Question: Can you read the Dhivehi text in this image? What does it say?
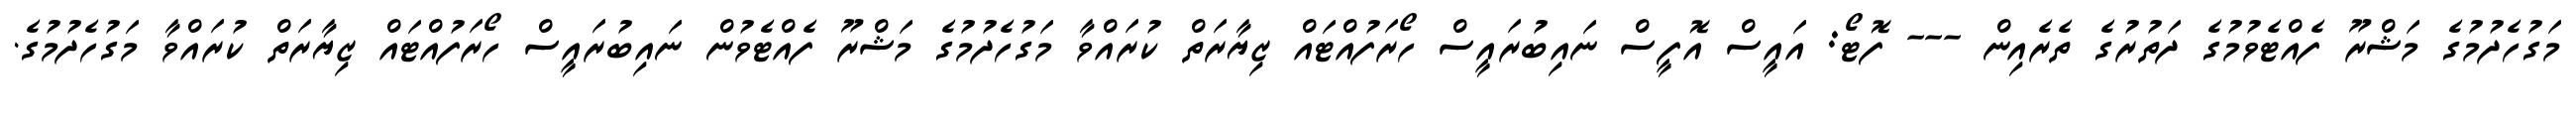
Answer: މަގުހެދުމުގެ މަޝްރޫ ފެއްޓެވުމުގެ ދަތުރުގެ ތެރެއިން --- ފޮޓޯ: އައީސް އޮފީސް ނައިބުރައީސް ހޯރަފުއްޓައް ޒިޔާރަތް ކުރައްވާ މަގުހެދުމުގެ މަޝްރޫ ފެއްޓެވުން ނައިބުރައީސް ހޯރަފުއްޓައް ޒިޔާރަތް ކުރައްވާ މަގުހެދުމުގެ.